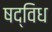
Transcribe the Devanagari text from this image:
षद्विध